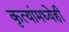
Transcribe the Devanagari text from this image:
कृत्यांमध्येही